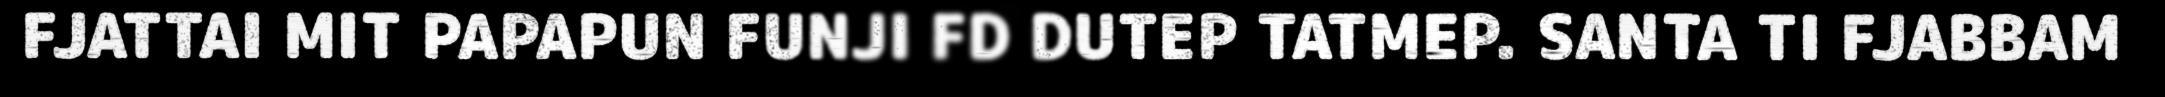
FJATTAI MIT PAPAPUN FUNJI FD DUTEP TATMEP. SANTA TI FJABBAM